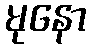
မုနော